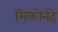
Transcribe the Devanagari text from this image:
मिकोनहे